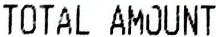
TOTAL AMOUNT